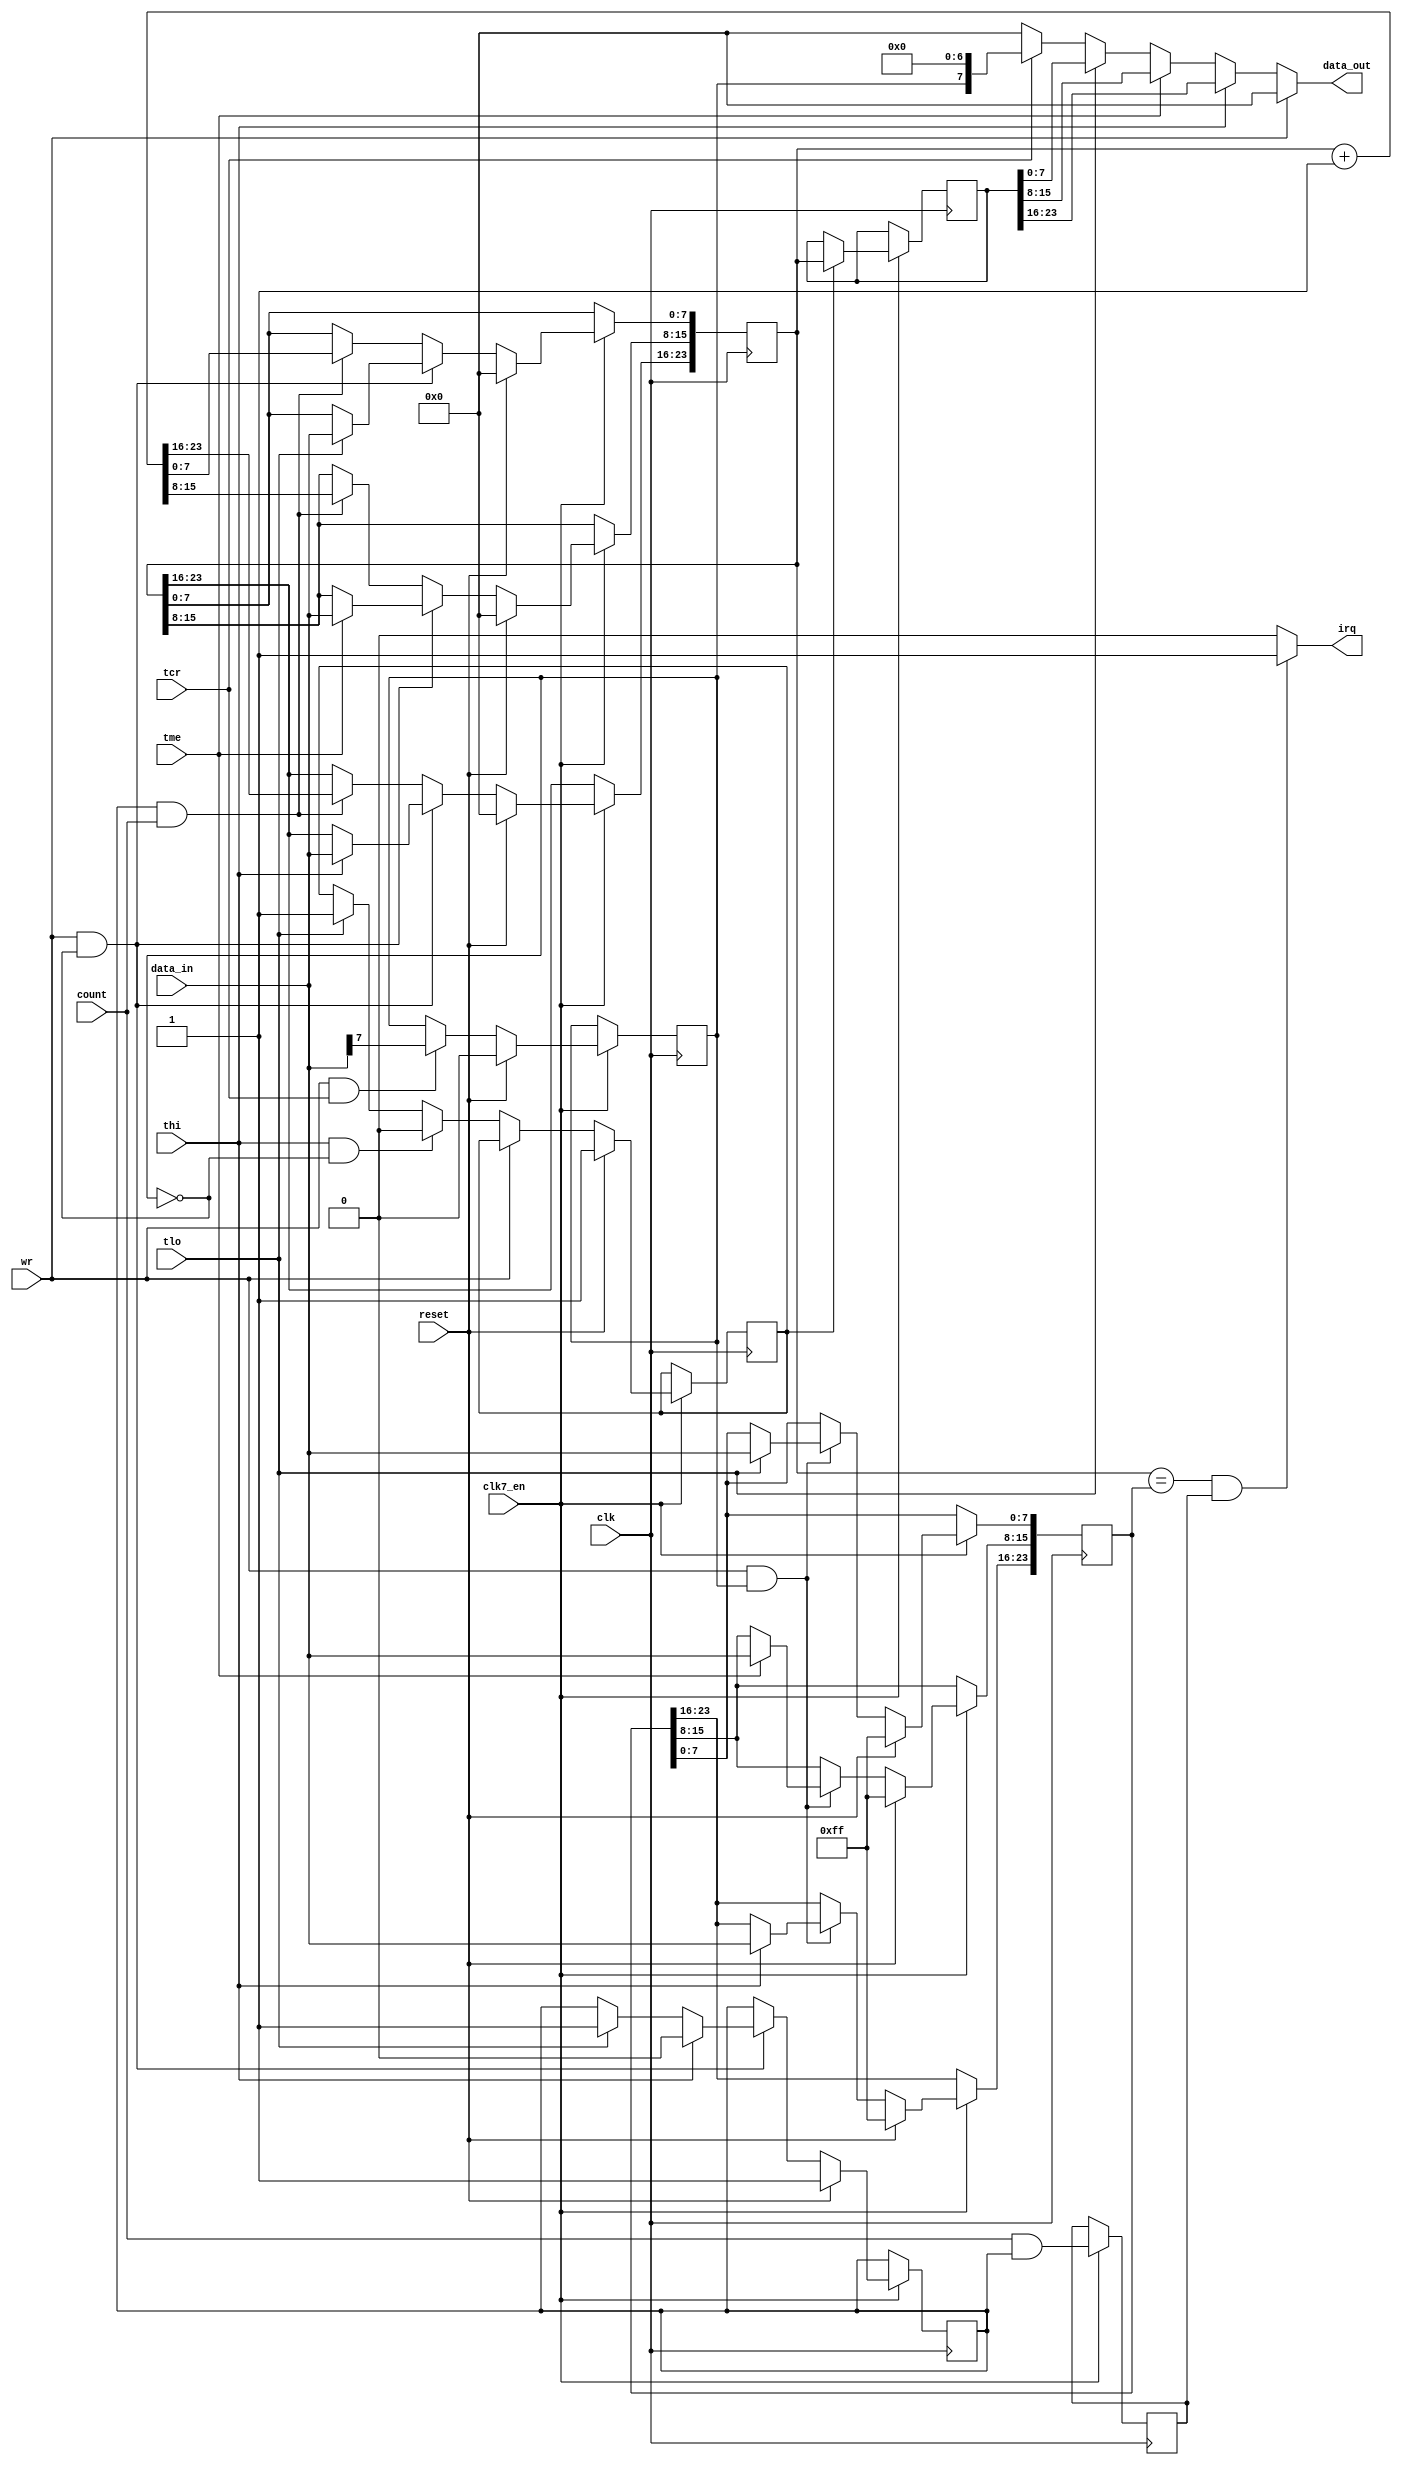
module cia_timerd
(
  input   clk,            
  input clk7_en,
  input  wr,            
  input   reset,           
  input   tlo,          
  input   tme,          
  input  thi,           
  input  tcr,          
  input   [7:0] data_in,      
  output   reg [7:0] data_out,    
  input  count,            
  output  irq            
);
  reg    latch_ena;        
  reg   count_ena;        
  reg    crb7;          
  reg    [23:0] tod;        
  reg    [23:0] alarm;      
  reg    [23:0] tod_latch;    
  reg    count_del;        
always @(posedge clk)
  if (clk7_en) begin
    if (reset)
      latch_ena <= 1'd1;
    else if (!wr)
    begin
      if (thi && !crb7) 
        latch_ena <= 1'd0;
      else if (tlo) 
        latch_ena <= 1'd1;
    end
  end
always @(posedge clk)
  if (clk7_en) begin
    if (latch_ena)
      tod_latch[23:0] <= tod[23:0];
  end
always @(*)
  if (!wr)
  begin
    if (thi) 
      data_out[7:0] = tod_latch[23:16];
    else if (tme) 
      data_out[7:0] = tod_latch[15:8];
    else if (tlo) 
      data_out[7:0] = tod_latch[7:0];
    else if (tcr) 
      data_out[7:0] = {crb7,7'b000_0000};
    else
      data_out[7:0] = 8'd0;
  end
  else
    data_out[7:0] = 8'd0;
always @(posedge clk)
  if (clk7_en) begin
    if (reset)
      count_ena <= 1'd1;
    else if (wr && !crb7) 
    begin
      if (thi) 
        count_ena <= 1'd0;
      else if (tlo) 
        count_ena <= 1'd1;
    end
  end
always @(posedge clk)
  if (clk7_en) begin
    if (reset) 
    begin
      tod[23:0] <= 24'd0;
    end
    else if (wr && !crb7) 
    begin
      if (tlo)
        tod[7:0] <= data_in[7:0];
      if (tme)
        tod[15:8] <= data_in[7:0];
      if (thi)
        tod[23:16] <= data_in[7:0];
    end
    else if (count_ena && count)
      tod[23:0] <= tod[23:0] + 24'd1;
  end
always @(posedge clk)
  if (clk7_en) begin
    if (reset) 
    begin
      alarm[7:0] <= 8'b1111_1111;
      alarm[15:8] <= 8'b1111_1111;
      alarm[23:16] <= 8'b1111_1111;
    end
    else if (wr && crb7) 
    begin
      if (tlo)
        alarm[7:0] <= data_in[7:0];
      if (tme)
        alarm[15:8] <= data_in[7:0];
      if (thi)
        alarm[23:16] <= data_in[7:0];
    end
  end
always @(posedge clk)
  if (clk7_en) begin
    if (reset)
      crb7 <= 1'd0;
    else if (wr && tcr)
      crb7 <= data_in[7];
  end
always @(posedge clk)
  if (clk7_en) begin
    count_del <= count & count_ena;
  end
assign irq = (tod[23:0]==alarm[23:0] && count_del) ? 1'b1 : 1'b0;
endmodule